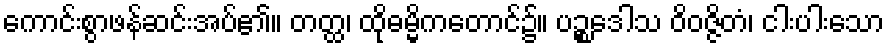
ကောင်းစွာဖန်ဆင်းအပ်၏။ တတ္ထ၊ ထိုဓမ္မိကတောင်၌။ ပဉ္စဒေါသ ဝိဝဇ္ဇိတံ၊ ငါးပါးသော